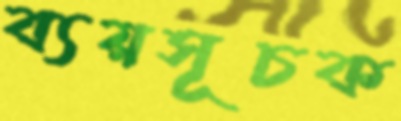
ব্যয়সূচক